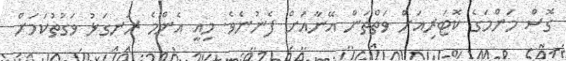
ގޮސް މަންމަގެ ކޮޓަރިއަށް ވަތްތަން އޭނާއަށް ފެނުނެވެ. މިއީ އެންމެ ރަނގަޅު ވަގުތުކަމަށް